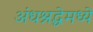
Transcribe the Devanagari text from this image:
अंधश्रद्धेमध्ये